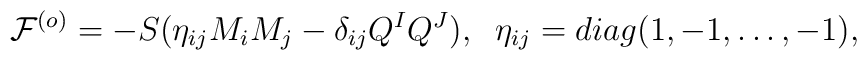
{\cal F}^{(o)} =  -S(\eta_{ij} M_i M_j -\delta_{ij}Q^I Q^J),\;\;\eta_{ij} = diag(1,-1,\dots,-1),